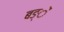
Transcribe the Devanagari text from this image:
बङ्ें